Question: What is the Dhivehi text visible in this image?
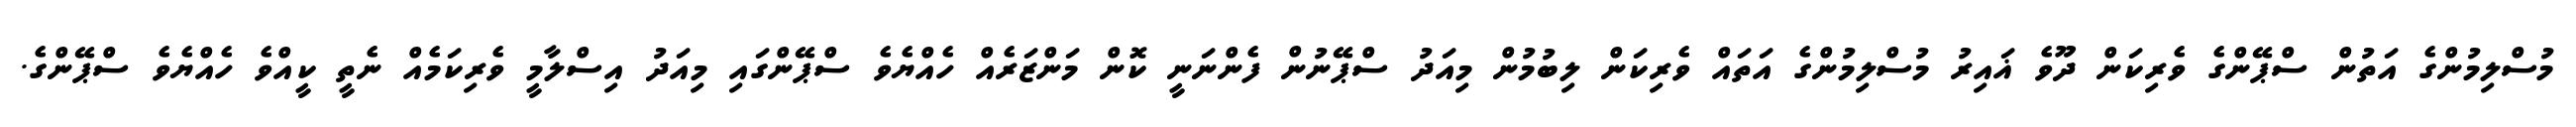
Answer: މުސްލިމުންގެ އަތުން ސްޕޭންގެ ވެރިކަން ދޫވެ ޣައިރު މުސްލިމުންގެ އަތައް ވެރިކަން ލިބުމުން މިއަދު ސްޕޭނުން ފެންނަނީ ކޮން މަންޒަރެއް ހެއްޔެވެ ސްޕޭންގައި މިއަދު އިސްލާމީ ވެރިކަމެއް ނެތީ ކީއްވެ ހެއްޔެވެ ސްޕޭންގެ.